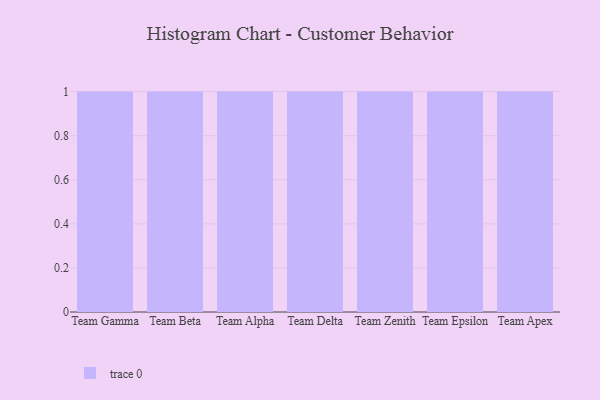
{"axis": {"x": "Team", "y": "Satisfaction Score"}, "legend": [""], "data": [{"x": "Team Gamma", "y": 23, "type": ""}, {"x": "Team Beta", "y": 76, "type": ""}, {"x": "Team Alpha", "y": 90, "type": ""}, {"x": "Team Delta", "y": 24, "type": ""}, {"x": "Team Zenith", "y": 78, "type": ""}, {"x": "Team Epsilon", "y": 86, "type": ""}, {"x": "Team Apex", "y": 75, "type": ""}]}